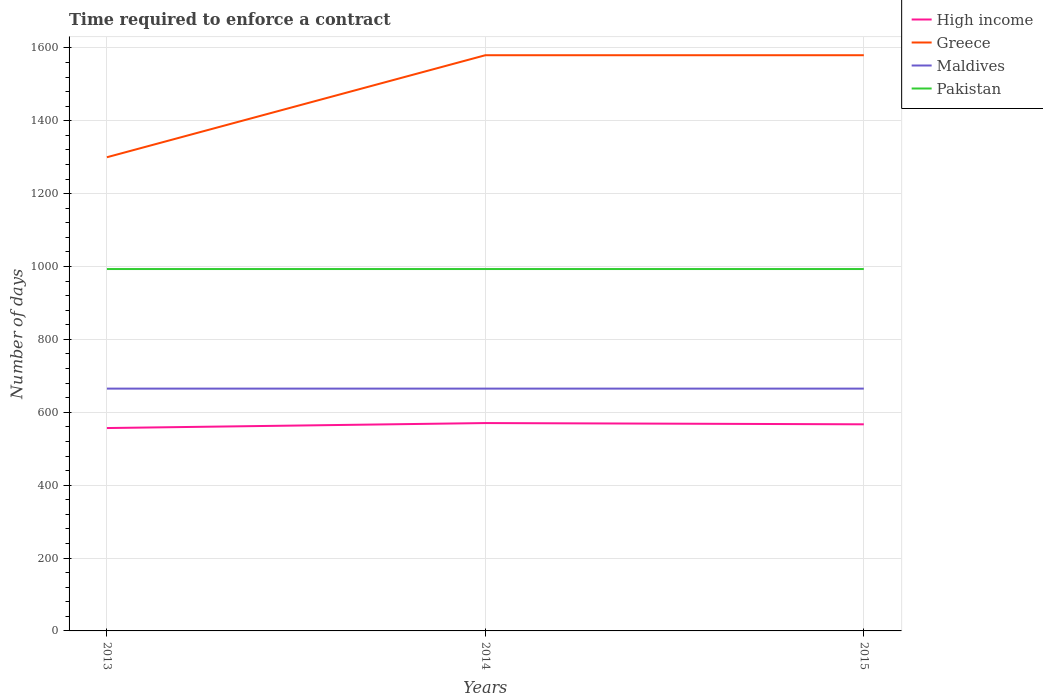
| Years | High income | Greece | Maldives | Pakistan |
 | --- | --- | --- | --- | --- |
 | 2013 | 557 | 1.3e+03 | 665 | 993 |
 | 2014 | 570 | 1.58e+03 | 665 | 993 |
 | 2015 | 567 | 1.58e+03 | 665 | 993 |